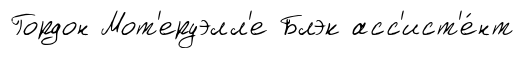
Гордон Мот'еруэлл'е Блэк асс'ист'е́нт